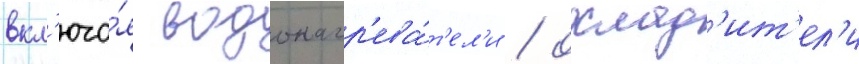
вкл'юча́я водонагр'ева́т'ел'и / охлад'ит'ел'и